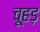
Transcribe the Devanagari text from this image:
चूहड़